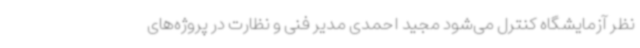
نظر آزمایشگاه کنترل می‌شود مجید احمدی مدیر فنی و نظارت در پروژه‌های